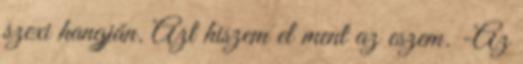
szexi hangján. Azt hiszem el ment az eszem. -Az